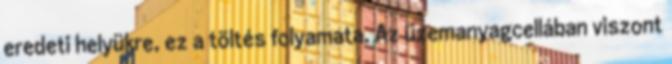
eredeti helyükre, ez a töltés folyamata. Az üzemanyagcellában viszont